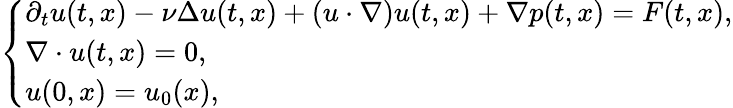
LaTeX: \left\{ \begin{array}{ll}{\partial_{t}u(t,x)-\nu\Delta u(t,x)+(u\cdot\nabla)u(t,x)+\nabla p(t,x)=F(t,x),}\\ {\nabla\cdot u(t,x)=0,}\\ {u(0,x)=u_{0}(x),}\end{array}\right.